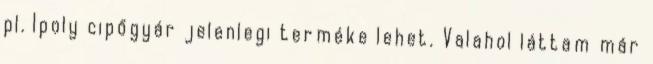
pl. Ipoly cipőgyár jelenlegi terméke lehet. Valahol láttam már